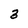
Character: 3